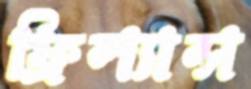
ফ্রিল্যান্স